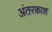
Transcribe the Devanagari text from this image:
अंतरकाश